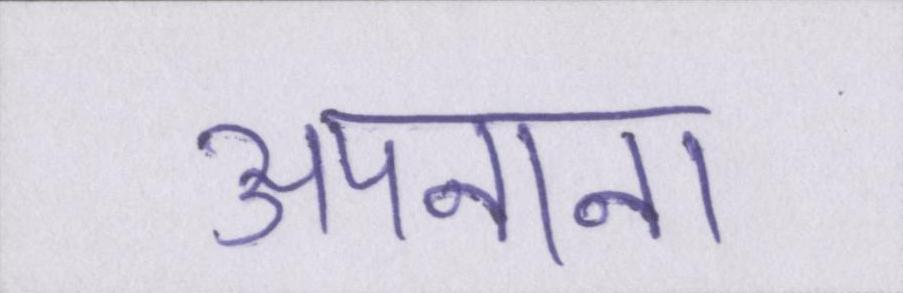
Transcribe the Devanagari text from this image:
अपनाना